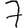
Digit: 7